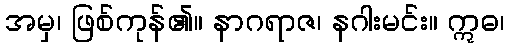
အမှ၊ ဖြစ်ကုန်၏။ နာဂရာဇ၊ နဂါးမင်း။ ဣဓ၊